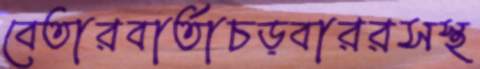
বেতারবার্তাচড়বাররসস্থ